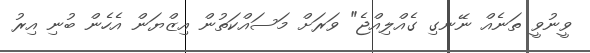
ވީނުވީ ތަނެއް ނޭނގި ގެއްލިއްޖެ" ވަރަށް މަސައްކަތުން އިޒްޔަން އެހެން ބުނި އިރު